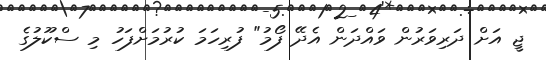
ޖީ އަށް ދަރިވަރުން ވައްދަން އެދޭ ފޯމު" ފުރިހަމަ ކުރުމަށްފަހު މި ސްކޫލުގެ